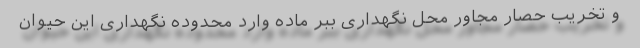
و تخریب حصار مجاور محل نگهداری ببر ماده وارد محدوده نگهداری این حیوان